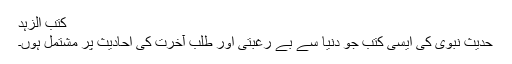
کتب الزہد
حدیث نبوی کی ایسی کتب جو دنیا سے بے رغبتی اور طلبِ آخرت کی احادیث پر مشتمل ہوں۔